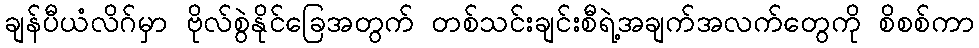
ချန်ပီယံလိဂ်မှာ ဗိုလ်စွဲနိုင်ခြေအတွက် တစ်သင်းချင်းစီရဲ့အချက်အလက်တွေကို စိစစ်ကာ